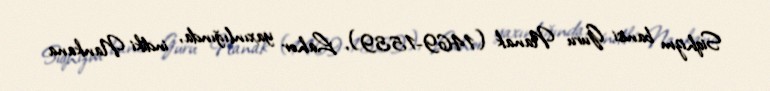
Siqhizm banisi Guru Nanak (1469-1539), Lahor yaxınlığında, indiki Nankana